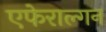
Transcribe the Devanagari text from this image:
एफेराल्गन